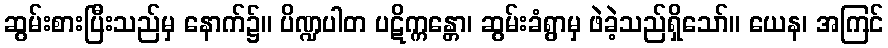
ဆွမ်းစားပြီးသည်မှ နောက်၌။ ပိဏ္ဍပါတ ပဋိက္ကန္တော၊ ဆွမ်းခံရွာမှ ဖဲခဲ့သည်ရှိသော်။ ယေန၊ အကြင်